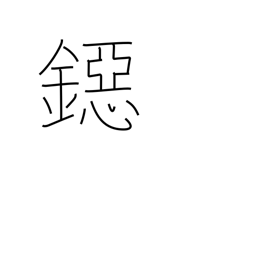
Meaning: coin of smallest value